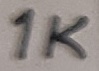
Text: 1K